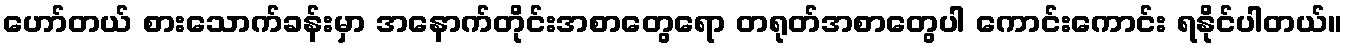
ဟော်တယ် စားသောက်ခန်းမှာ အနောက်တိုင်းအစာတွေရော တရုတ်အစာတွေပါ ကောင်းကောင်း ရနိုင်ပါတယ်။